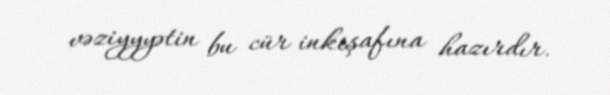
vəziyyyətin bu cür inkişafına hazırdır.